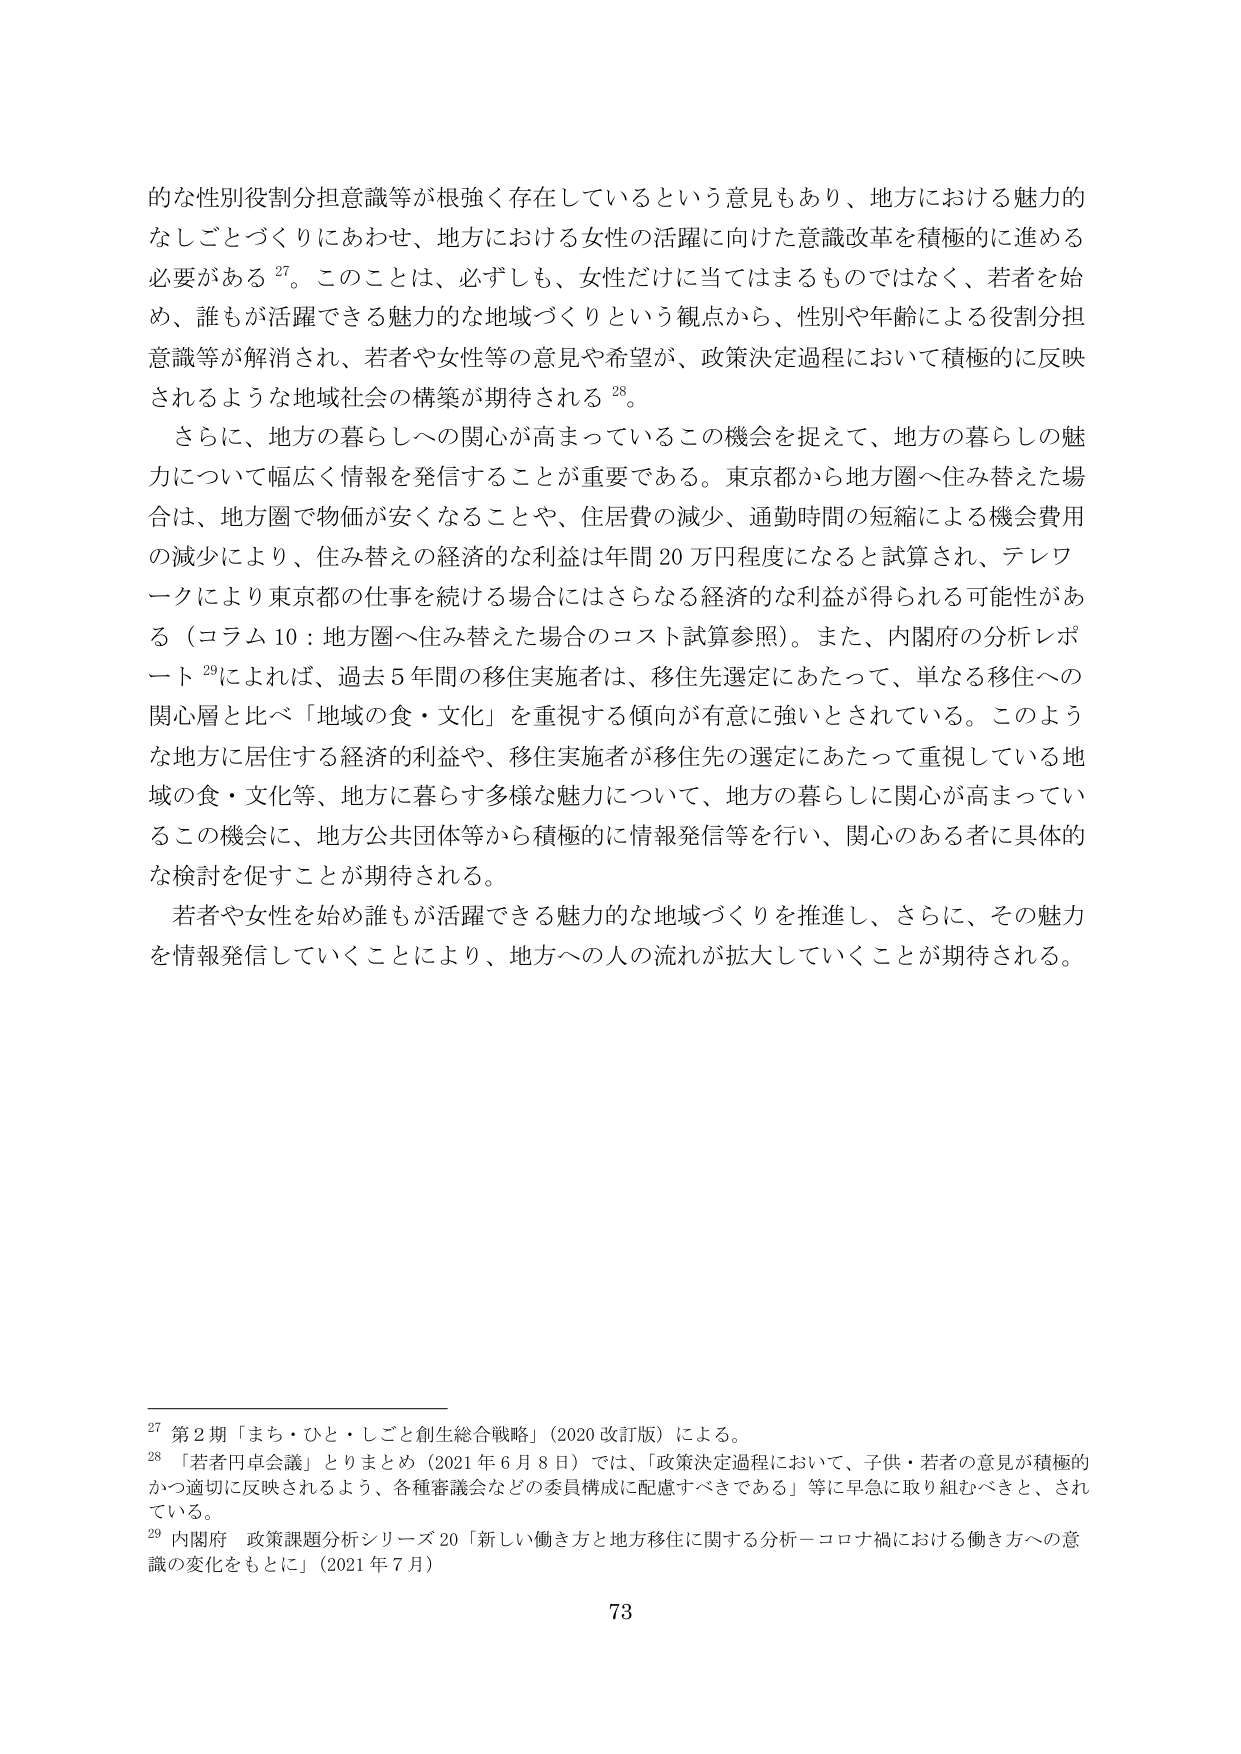
的な性別役割分担意識等が根強く存在しているという意見もあり、地方における魅力的なしごとづくりにあわせ、地方における女性の活躍に向けた意識改革を積極的に進める必要がある27。このことは、必ずしも、女性だけに当てはまるものではなく、若者を始め、誰もが活躍できる魅力的な地域づくりという観点から、性別や年齢による役割分担意識等が解消され、若者や女性等の意見や希望が、政策決定過程において積極的に反映されるような地域社会の構築が期待される28。

さらに、地方の暮らしへの関心が高まっているこの機会を捉えて、地方の暮らしの魅力について幅広く情報を発信することが重要である。東京都から地方圏へ住み替えた場合は、地方圏で物価が安くなることや、住居費の減少、通勤時間の短縮による機会費用の減少により、住み替えの経済的な利益は年間20万円程度になると試算され、テレワークにより東京都の仕事を続ける場合にはさらなる経済的な利益が得られる可能性がある（コラム10：地方圏へ住み替えた場合のコスト試算参照）。また、内閣府の分析レポート29によれば、過去5年間の移住実施者は、移住先選定にあたって、単なる移住への関心層と比べ「地域の食・文化」を重視する傾向が有意に強いとされている。このような地方に居住する経済的利益や、移住実施者が移住先の選定にあたって重視している地域の食・文化等、地方に暮らす多様な魅力について、地方の暮らしに関心が高まっているこの機会に、地方公共団体等から積極的に情報発信等を行い、関心のある者に具体的な検討を促すことが期待される。

若者や女性を始め誰もが活躍できる魅力的な地域づくりを推進し、さらに、その魅力を情報発信していくことにより、地方への人の流れが拡大していくことが期待される。

27 第2期「まち・ひと・しごと創生総合戦略」（2020改訂版）による。
28 「若者円卓会議」とりまとめ（2021年6月8日）では、「政策決定過程において、子供・若者の意見が積極的かつ適切に反映されるよう、各種審議会などの委員構成に配慮すべきである」等に早急に取り組むべきと、されている。
29 内閣府 政策課題分析シリーズ20「新しい働き方と地方移住に関する分析－コロナ禍における働き方への意識の変化をもとに」（2021年7月）

73